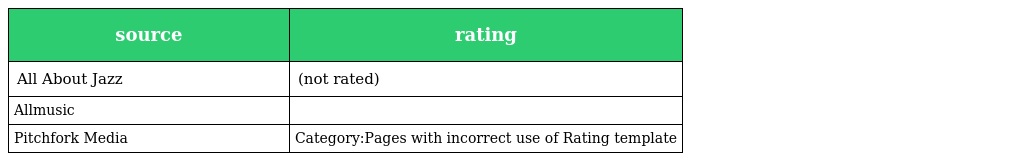
| source | rating |
 | --- | --- |
 | All About Jazz | (not rated) |
 | Allmusic |  |
 | Pitchfork Media | Category:Pages with incorrect use of Rating template |